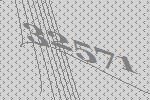
32571